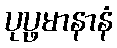
ပုပ္ဖမာနာနံ